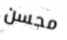
محسن